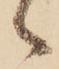
ゝ